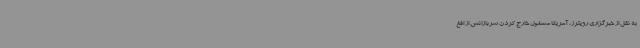
به نقل از خبرگزاری رویترز، آمریکا مشغول خارج کردن سربازانش از افغ